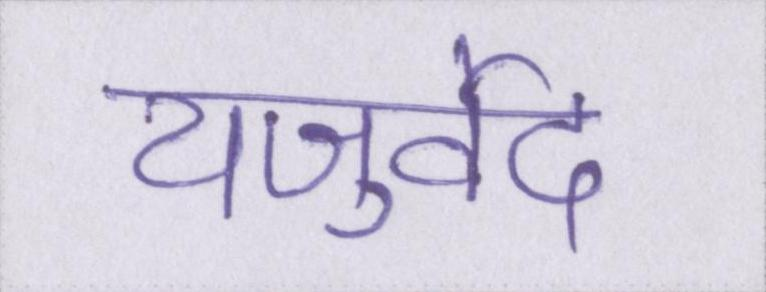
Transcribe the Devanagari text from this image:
यजुर्वेद